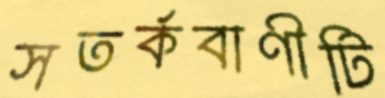
সতর্কবাণীটি